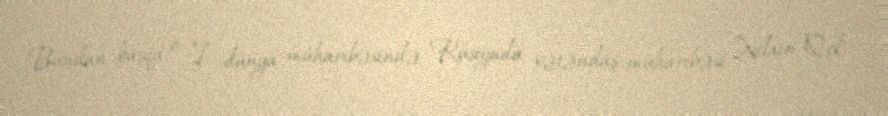
Bundan başqa, o I dünya müharibəsində, Rusiyada vətəndaş müharibəsi, Xalxin-Qol